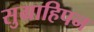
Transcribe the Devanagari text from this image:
सुग्राहिपन